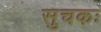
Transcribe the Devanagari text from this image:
सुचकः